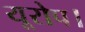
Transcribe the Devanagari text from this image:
यूरोप।